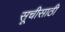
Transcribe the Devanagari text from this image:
सूचीसाठी